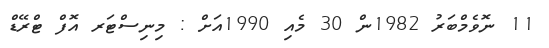
11 ނޮވެމްބަރު 1982ން 30 މެއި 1990އަށް : މިނިސްޓަރ އޮފް ޓްރޭޑް